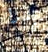
اثبتوا